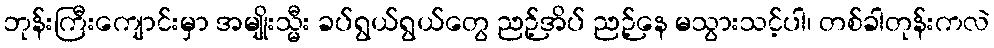
ဘုန်းကြီးကျောင်းမှာ အမျိုးသ္မီး ခပ်ရွယ်ရွယ်တွေ ညဉ့်အိပ် ညဉ့်နေ မသွားသင့်ပါ၊ တစ်ခါတုန်းကလဲ